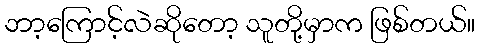
ဘာ့ကြောင့်လဲဆိုတော့ သူတို့မှာက ဖြစ်တယ်။